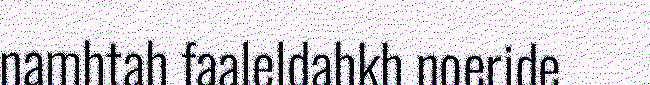
namhtah faaleldahkh noeride